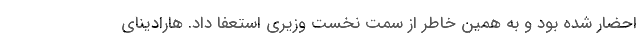
احضار شده بود و به همین خاطر از سمت نخست وزیری استعفا داد. هارادینای